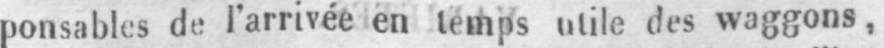
ponsables de l’arrivée en temps utile des waggons,